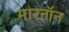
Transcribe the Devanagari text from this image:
मारनॉन